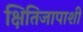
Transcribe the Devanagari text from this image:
क्षितिजापाशी